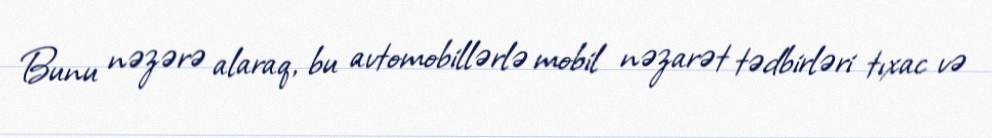
Bunu nəzərə alaraq, bu avtomobillərlə mobil nəzarət tədbirləri tıxac və